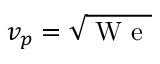
v _ { p } = \sqrt { \mathrm { ~ W ~ e ~ } }